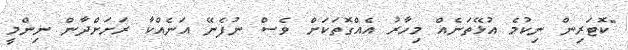
"ކޮޓަރިން ނިކުމެ އުޅޭތަނެއް މިހާރު އެއްގޮތަކަށް ވެސް ނުފެނޭ އަނެއްކާ ރަށަށްދާން ނިންމީ